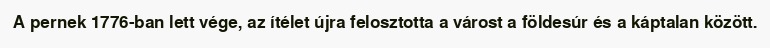
A pernek 1776-ban lett vége, az ítélet újra felosztotta a várost a földesúr és a káptalan között.